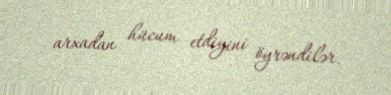
arxadan hücum etdiyini öyrəndilər.